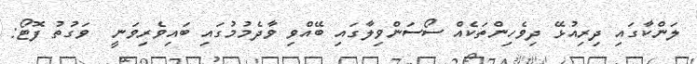
ލަންކާގައި ދިރިއުޅޭ ދިވެހިންތަކެއް ސޯސަންވިލާގައި ބޭއްވި ވާދެމުމުގައި ބައިވެރިވަނީ  ވަގުތު ފޮޓޯ: